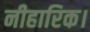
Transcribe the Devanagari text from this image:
नीहारिक।